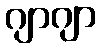
ဂျာဂျာ